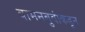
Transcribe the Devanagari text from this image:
वामनबुवांकडून